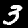
Label: 3